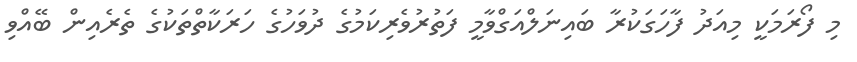
މި ފޯރަމަކީ މިއަދު ފާހަގަކުރާ ބައިނަލްއަގްވާމީ ފަތުރުވެރިކަމުގެ ދުވަހުގެ ހަރަކާތްތަކުގެ ތެރެއިން ބޭއްވި